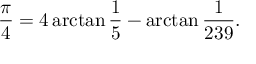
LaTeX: { \frac { \pi } { 4 } } = 4 \arctan { \frac { 1 } { 5 } } - \arctan { \frac { 1 } { 2 3 9 } } .